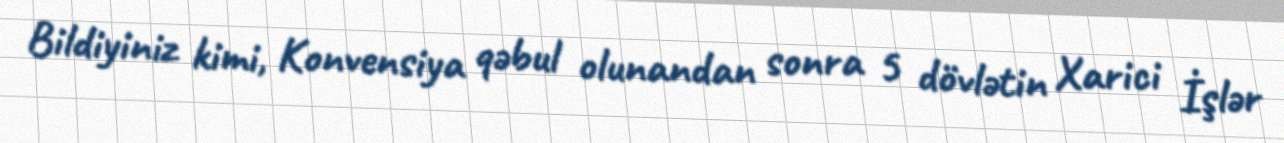
Bildiyiniz kimi, Konvensiya qəbul olunandan sonra 5 dövlətin Xarici İşlər